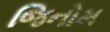
જિનોમ